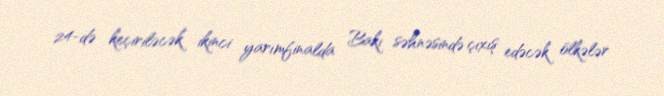
24-də keçiriləcək ikinci yarımfinalda Bakı səhnəsində çıxış edəcək ölkələr